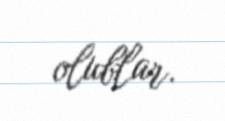
olublar.